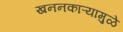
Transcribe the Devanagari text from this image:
खननकाऱ्यामुळे